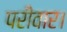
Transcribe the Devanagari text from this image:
परीवार।